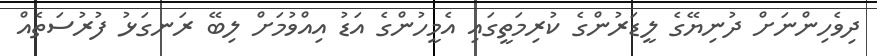
ދިވެހިންނަށް ދުނިޔޭގެ ލީޑަރުންގެ ކުރިމަތީގައި އެމީހުންގެ އަޑު އިއްވުމަށް ލިބޭ ރަނގަޅު ފުރުސަތެއް